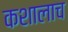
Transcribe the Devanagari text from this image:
कशालाच